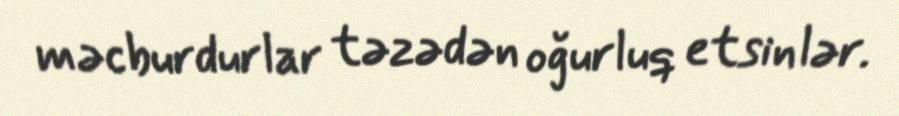
məcburdurlar təzədən oğurluq etsinlər.